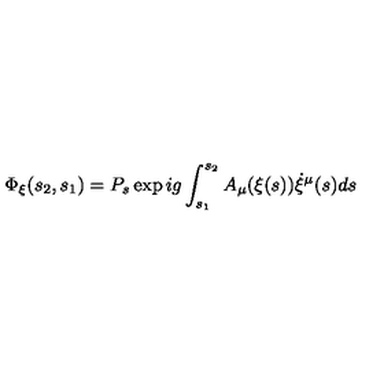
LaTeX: \Phi _ { \xi } ( s _ { 2 } , s _ { 1 } ) = P _ { s } \exp i g \int _ { s _ { 1 } } ^ { s _ { 2 } } A _ { \mu } ( \xi ( s ) ) \dot { \xi } ^ { \mu } ( s ) d s